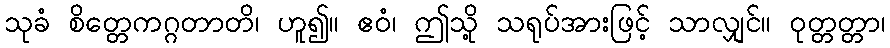
သုခံ စိတ္တေကဂ္ဂတာတိ၊ ဟူ၍။ ဧဝံ၊ ဤသို့ သရုပ်အားဖြင့် သာလျှင်။ ဝုတ္တတ္တာ၊